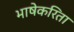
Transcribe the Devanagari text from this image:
भाषेकरिता